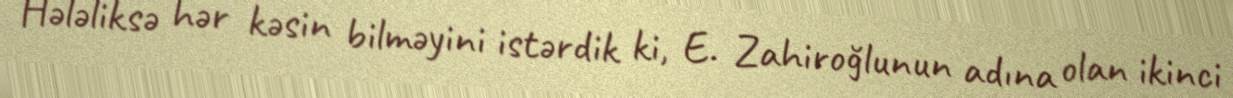
Hələliksə hər kəsin bilməyini istərdik ki, E. Zahiroğlunun adına olan ikinci